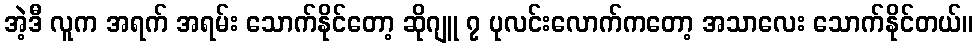
အဲ့ဒီ လူက အရက် အရမ်း သောက်နိုင်တော့ ဆိုဂျူ ၇ ပုလင်းလောက်ကတော့ အသာလေး သောက်နိုင်တယ်။